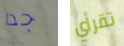
جدا تقرأي